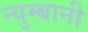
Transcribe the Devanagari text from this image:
न्युम्बानी